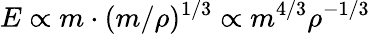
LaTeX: E\propto m\cdot(m/\rho)^{1/3}\propto m^{4/3}\rho^{-1/3}